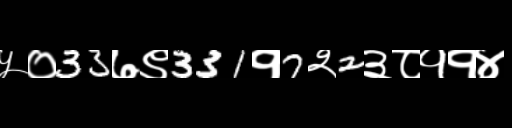
Text: ५०33७९331१7२2३८११४